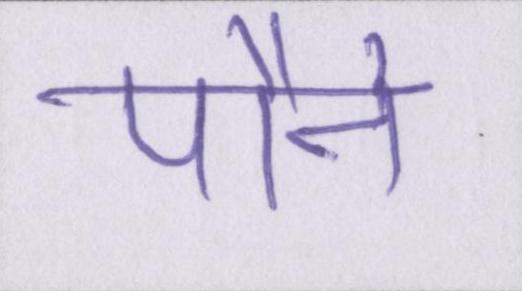
पौने